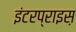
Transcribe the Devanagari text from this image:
इंटरप्राइस़